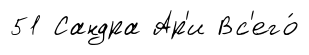
51 Сандра Ар'и Вс'его́